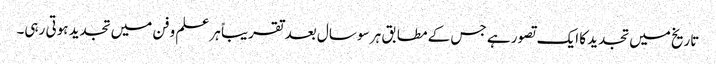
تاریخ میں تجدید کا ایک تصور ہے جس کے مطابق ہر سو سال بعد تقریباً ہر علم و فن میں تجدید ہوتی رہی۔